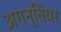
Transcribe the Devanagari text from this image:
अगन्तियर